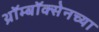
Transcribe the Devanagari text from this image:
थ्रॉम्बॉक्सेनच्या